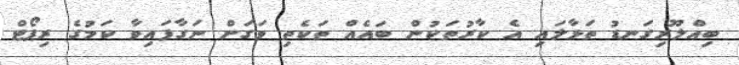
ބިއްލޫރިގަނޑު ތަޅާލައި އެ ކާރުތަކުން ބައެއް ތަކެތި ވަގަށް ނަގާފައިވާ ކަމުގެ ރިޕޯޓް